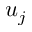
u _ { j }